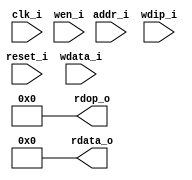
//-----------------------------------------------------------------------------
//
// (c) Copyright 2012-2012 Xilinx, Inc. All rights reserved.
//
// This file contains confidential and proprietary information
// of Xilinx, Inc. and is protected under U.S. and
// international copyright and other intellectual property
// laws.
//
// DISCLAIMER
// This disclaimer is not a license and does not grant any
// rights to the materials distributed herewith. Except as
// otherwise provided in a valid license issued to you by
// Xilinx, and to the maximum extent permitted by applicable
// law: (1) THESE MATERIALS ARE MADE AVAILABLE "AS IS" AND
// WITH ALL FAULTS, AND XILINX HEREBY DISCLAIMS ALL WARRANTIES
// AND CONDITIONS, EXPRESS, IMPLIED, OR STATUTORY, INCLUDING
// BUT NOT LIMITED TO WARRANTIES OF MERCHANTABILITY, NON-
// INFRINGEMENT, OR FITNESS FOR ANY PARTICULAR PURPOSE; and
// (2) Xilinx shall not be liable (whether in contract or tort,
// including negligence, or under any other theory of
// liability) for any loss or damage of any kind or nature
// related to, arising under or in connection with these
// materials, including for any direct, or any indirect,
// special, incidental, or consequential loss or damage
// (including loss of data, profits, goodwill, or any type of
// loss or damage suffered as a result of any action brought
// by a third party) even if such damage or loss was
// reasonably foreseeable or Xilinx had been advised of the
// possibility of the same.
//
// CRITICAL APPLICATIONS
// Xilinx products are not designed or intended to be fail-
// safe, or for use in any application requiring fail-safe
// performance, such as life-support or safety devices or
// systems, Class III medical devices, nuclear facilities,
// applications related to the deployment of airbags, or any
// other applications that could lead to death, personal
// injury, or severe property or environmental damage
// (individually and collectively, "Critical
// Applications"). Customer assumes the sole risk and
// liability of any use of Xilinx products in Critical
// Applications, subject only to applicable laws and
// regulations governing limitations on product liability.
//
// THIS COPYRIGHT NOTICE AND DISCLAIMER MUST BE RETAINED AS
// PART OF THIS FILE AT ALL TIMES.
//
//-----------------------------------------------------------------------------
//
// Project    : UltraScale+ FPGA PCI Express v4.0 Integrated Block
// Version    : 1.3 
//-----------------------------------------------------------------------------
//--------------------------------------------------------------------------------------------------
`timescale 1ps/1ps

(* DowngradeIPIdentifiedWarnings = "yes" *)
module xdma_0_pcie4_ip_bram_msix #(

  parameter           TCQ = 100
, parameter           TO_RAM_PIPELINE="FALSE"
, parameter           FROM_RAM_PIPELINE="FALSE"
, parameter           MSIX_CAP_TABLE_SIZE=11'h0
, parameter           MSIX_TABLE_RAM_ENABLE="FALSE"

  ) (

  input  wire         clk_i,
  input  wire         reset_i,

  input  wire  [12:0] addr_i,
  input  wire  [31:0] wdata_i,
  input  wire   [3:0] wdip_i,
  input  wire   [3:0] wen_i,
  output wire  [31:0] rdata_o,
  output wire   [3:0] rdop_o

  );

  // WIP : Use Total number of functions (PFs + VFs) to calculate the NUM_BRAM_4K
  localparam integer NUM_BRAM_4K = (MSIX_TABLE_RAM_ENABLE == "TRUE") ? 8 : 0 ;
 

  reg          [12:0] addr;
  reg          [12:0] addr_p0;
  reg          [12:0] addr_p1;
  reg          [31:0] wdata;
  reg           [3:0] wdip;
  reg           [3:0] wen;
  reg          [31:0] reg_rdata;
  reg           [3:0] reg_rdop;
  wire         [31:0] rdata;
  wire          [3:0] rdop;
  genvar              i;
  wire    [(8*4)-1:0] bram_4k_wen;
  wire   [(8*32)-1:0] rdata_t;
  wire    [(8*4)-1:0] rdop_t;

  //
  // Optional input pipe stages
  //
  generate

    if (TO_RAM_PIPELINE == "TRUE") begin : TORAMPIPELINE

      always @(posedge clk_i) begin
     
        if (reset_i) begin

          addr <= #(TCQ) 13'b0;
          wdata <= #(TCQ) 32'b0;
          wdip <= #(TCQ) 4'b0;
          wen <= #(TCQ) 4'b0;

        end else begin

          addr <= #(TCQ) addr_i;
          wdata <= #(TCQ) wdata_i;
          wdip <= #(TCQ) wdip_i;
          wen <= #(TCQ) wen_i;

        end

      end

    end else begin : NOTORAMPIPELINE

      always @(*) begin

          addr = addr_i;
          wdata = wdata_i;
          wdip = wdip_i;
          wen = wen_i;

      end


    end

  endgenerate

  // 
  // Address pipeline
  //
  always @(posedge clk_i) begin
     
    if (reset_i) begin

      addr_p0 <= #(TCQ) 13'b0;
      addr_p1 <= #(TCQ) 13'b0;

    end else begin

      addr_p0 <= #(TCQ) addr;
      addr_p1 <= #(TCQ) addr_p0;

    end

  end

  //
  // Optional output pipe stages
  //
  generate

    if (FROM_RAM_PIPELINE == "TRUE") begin : FRMRAMPIPELINE


      always @(posedge clk_i) begin
     
        if (reset_i) begin

          reg_rdata <= #(TCQ) 32'b0;
          reg_rdop <= #(TCQ) 4'b0;

        end else begin

          case (addr_p1[12:10]) 
            3'b000 : begin
              reg_rdata <= #(TCQ) rdata_t[(32*(0))+31:(32*(0))+0];
              reg_rdop <= #(TCQ) rdop_t[(4*(0))+3:(4*(0))+0];
            end
            3'b001 : begin
              reg_rdata <= #(TCQ) rdata_t[(32*(1))+31:(32*(1))+0];
              reg_rdop <= #(TCQ) rdop_t[(4*(1))+3:(4*(1))+0];
            end
            3'b010 : begin
              reg_rdata <= #(TCQ) rdata_t[(32*(2))+31:(32*(2))+0];
              reg_rdop <= #(TCQ) rdop_t[(4*(2))+3:(4*(2))+0];
            end
            3'b011 : begin
              reg_rdata <= #(TCQ) rdata_t[(32*(3))+31:(32*(3))+0];
              reg_rdop <= #(TCQ) rdop_t[(4*(3))+3:(4*(3))+0];
            end
            3'b100 : begin
              reg_rdata <= #(TCQ) rdata_t[(32*(4))+31:(32*(4))+0];
              reg_rdop <= #(TCQ) rdop_t[(4*(4))+3:(4*(4))+0];
            end
            3'b101 : begin
              reg_rdata <= #(TCQ) rdata_t[(32*(5))+31:(32*(5))+0];
              reg_rdop <= #(TCQ) rdop_t[(4*(5))+3:(4*(5))+0];
            end
            3'b110 : begin
              reg_rdata <= #(TCQ) rdata_t[(32*(6))+31:(32*(6))+0];
              reg_rdop <= #(TCQ) rdop_t[(4*(6))+3:(4*(6))+0];
            end
            3'b111 : begin
              reg_rdata <= #(TCQ) rdata_t[(32*(7))+31:(32*(7))+0];
              reg_rdop <= #(TCQ) rdop_t[(4*(7))+3:(4*(7))+0];
            end
          endcase

        end

      end

    end else begin : NOFRMRAMPIPELINE

      always @(*) begin

          case (addr_p1[12:10]) 
            3'b000 : begin
              reg_rdata <= #(TCQ) rdata_t[(32*(0))+31:(32*(0))+0];
              reg_rdop <= #(TCQ) rdop_t[(4*(0))+3:(4*(0))+0];
            end
            3'b001 : begin
              reg_rdata <= #(TCQ) rdata_t[(32*(1))+31:(32*(1))+0];
              reg_rdop <= #(TCQ) rdop_t[(4*(1))+3:(4*(1))+0];
            end
            3'b010 : begin
              reg_rdata <= #(TCQ) rdata_t[(32*(2))+31:(32*(2))+0];
              reg_rdop <= #(TCQ) rdop_t[(4*(2))+3:(4*(2))+0];
            end
            3'b011 : begin
              reg_rdata <= #(TCQ) rdata_t[(32*(3))+31:(32*(3))+0];
              reg_rdop <= #(TCQ) rdop_t[(4*(3))+3:(4*(3))+0];
            end
            3'b100 : begin
              reg_rdata <= #(TCQ) rdata_t[(32*(4))+31:(32*(4))+0];
              reg_rdop <= #(TCQ) rdop_t[(4*(4))+3:(4*(4))+0];
            end
            3'b101 : begin
              reg_rdata <= #(TCQ) rdata_t[(32*(5))+31:(32*(5))+0];
              reg_rdop <= #(TCQ) rdop_t[(4*(5))+3:(4*(5))+0];
            end
            3'b110 : begin
              reg_rdata <= #(TCQ) rdata_t[(32*(6))+31:(32*(6))+0];
              reg_rdop <= #(TCQ) rdop_t[(4*(6))+3:(4*(6))+0];
            end
            3'b111 : begin
              reg_rdata <= #(TCQ) rdata_t[(32*(7))+31:(32*(7))+0];
              reg_rdop <= #(TCQ) rdop_t[(4*(7))+3:(4*(7))+0];
            end
          endcase

      end

    end
  
  endgenerate

  assign rdata_o = (MSIX_TABLE_RAM_ENABLE == "TRUE") ?  reg_rdata : 32'h0;
  assign rdop_o = (MSIX_TABLE_RAM_ENABLE == "TRUE") ? reg_rdop : 4'h0;

  generate 
  
    for (i=0; i<NUM_BRAM_4K; i=i+1) begin : BRAM4K

      xdma_0_pcie4_ip_bram_4k_int #(
          .TCQ(TCQ)
        )
        bram_4k_int (
    
          .clk_i (clk_i),
          .reset_i (reset_i),
    
          .addr_i(addr[9:0]),
          .wdata_i(wdata),
          .wdip_i(wdip),
          .wen_i(bram_4k_wen[(4*(i))+3:(4*(i))+0]),
          .rdata_o(rdata_t[(32*i)+31:(32*i)+0]),
          .rdop_o(rdop_t[(4*i)+3:(4*i)+0]),
          .baddr_i(10'b0),
          .brdata_o()

      );
      assign bram_4k_wen[(4*(i))+3:(4*(i))+0] = wen & {4{(i == addr[12:10])}};  
      
    end

  endgenerate

endmodule